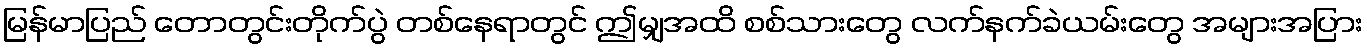
မြန်မာပြည် တောတွင်းတိုက်ပွဲ တစ်နေရာတွင် ဤမျှအထိ စစ်သားတွေ လက်နက်ခဲယမ်းတွေ အများအပြား